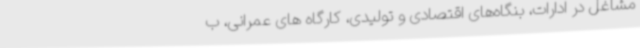
مشاغل در ادارات، بنگاه‌های اقتصادی و تولیدی، کارگاه های عمرانی، ب